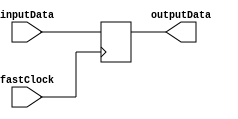
module FlipFlop(
		input 			  inputData,
		input 	  		  fastClock,
		output reg		 outputData,
    );
	 
	 always@(posedge fastClock)
		outputData <= inputData;

endmodule